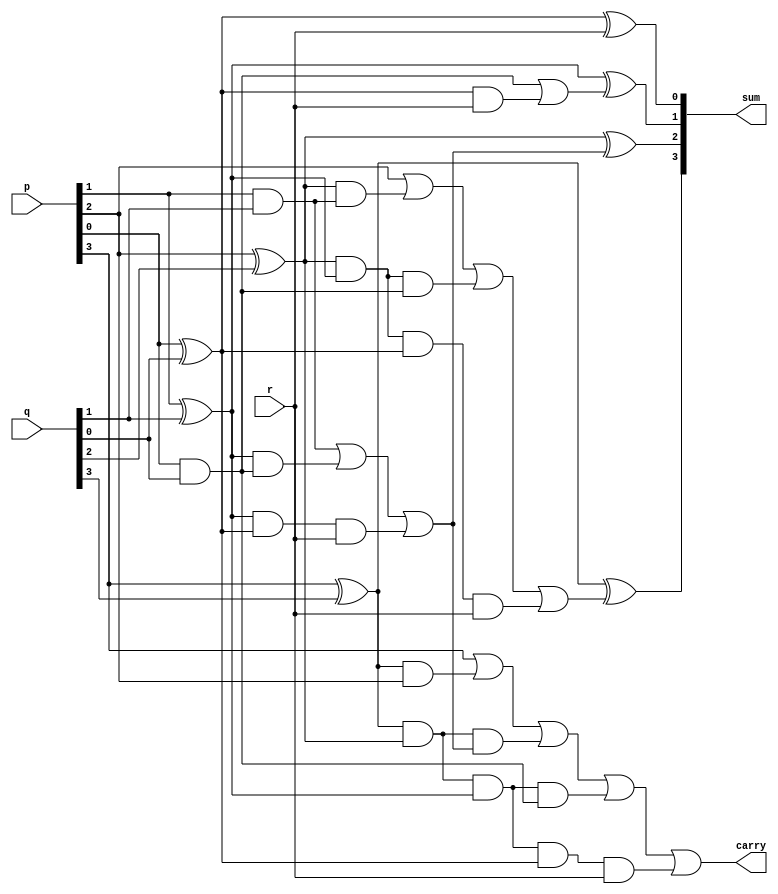
`timescale 1ns / 1ps
module carrylook(input [3:0]p,q, input r,output [3:0]sum,output carry);
  wire m0,m1,m2,m3,n0,n1,n2,n3,l0,l1,l2,l3; 
 assign m0=p[0]^q[0],
        m1=p[1]^q[1],
        m2=p[2]^q[2],
        m3=p[3]^q[3];
 
 assign n0=p[0]&q[0],
        n1=p[1]&q[1],
        n2=p[2]&p[2],
       n3=p[3]&p[3];
 
 assign l0=n0|(m0 & r),
        l1=n1|(m1 & n0) | (m1 & m0 &r),
        l2=n2|(m2 & n1) | (m2 & m1 & n0)| (m2 & m1 & m0 & r),
        l3=n3| (m3 & n2) | (m3 & m2 &l1) | (m3 & m2 & m1 & n0) | (m3 & m2 & m1 & m0 & r);
 assign sum[0]=m0^r,
        sum[1]=m1^l0,
        sum[2]=m2^l1,
        sum[3]=m3^l2,
        carry=l3;
endmodule